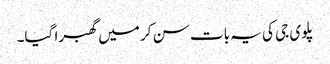
پلوی جی کی یہ بات سن کر میں گھبرا گیا۔